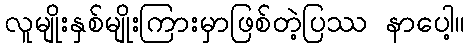
လူမျိုးနှစ်မျိုးကြားမှာဖြစ်တဲ့ပြဿ နာပေါ့။